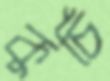
কুর্চি